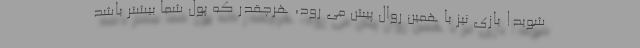
شوید! بازی نیز با همین روال پیش می رود، هرچقدر که پول شما بیشتر باشد